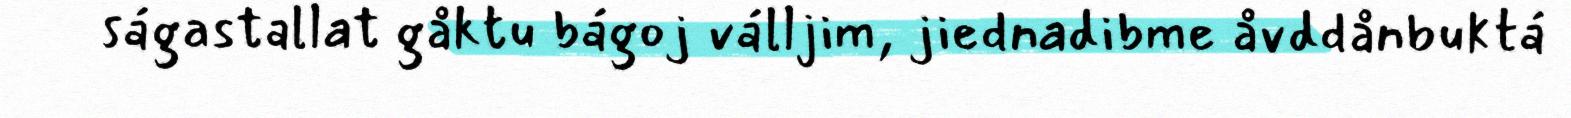
ságastallat gåktu bágoj válljim, jiednadibme åvddånbuktá